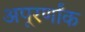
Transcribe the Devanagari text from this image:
अपूरर्णांक